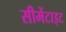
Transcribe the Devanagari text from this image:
सीमेंटाइट